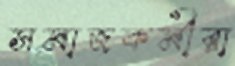
সমাজকর্মীরা